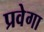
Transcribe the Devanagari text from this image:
प्रवेगा